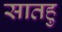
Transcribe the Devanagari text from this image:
सातहु